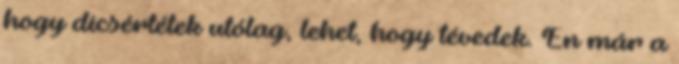
hogy dícsértétek utólag, lehet, hogy tévedek. Én már a